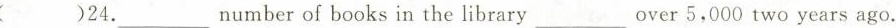
()24.__numberof books in the library__over 5,000 two years ago.